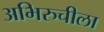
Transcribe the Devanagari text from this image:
अभिरुचीला